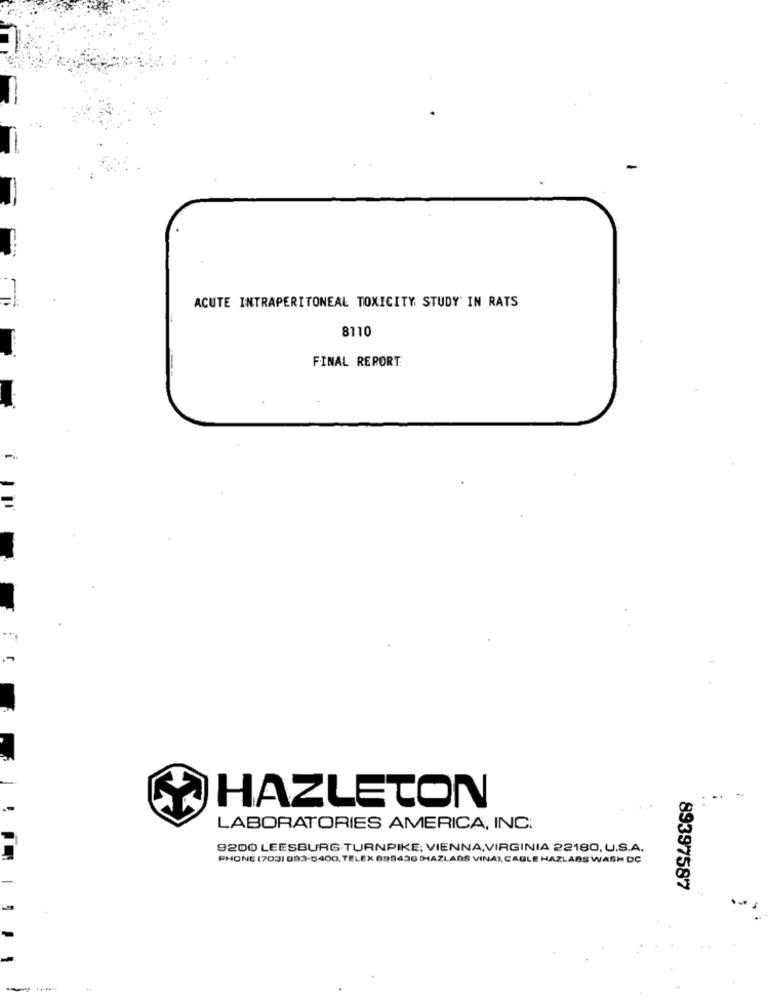
ACUTE INTRAPERITONEAL TOXICITY STUDY' IN RATS
8110
FINAL REPORT
.
..
HAZLETON
LABORATORIES AMERICA, INC.
9200 LEESBURG TURNPIKE; VIENNA,VIRGINIA 22180, U.S.A.
PHONE (703) 993-5400, TELEX 899430 (HAZLADS VINA), CABLE HAZLABS WASH DC
89397587